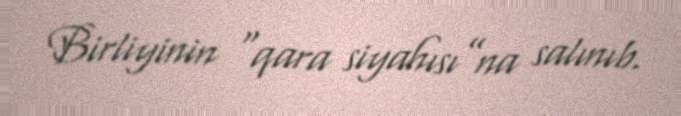
Birliyinin “qara siyahısı”na salınıb.